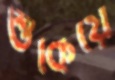
শুকিয়ে